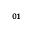
_ { 0 1 }